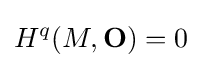
H^{q}(M,\mathbf {O} )=0